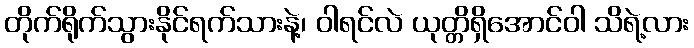
တိုက်ရိုက်သွားနိုင်ရက်သားနဲ့၊ ဝါရင်လဲ ယုတ္တိရှိအောင်ဝါ သိရဲ့လား